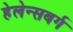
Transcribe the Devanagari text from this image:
हेलेन्सबर्ग